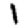
Digit: 1